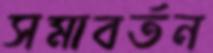
সমাবর্তন